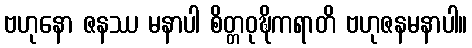
ဗဟုနော ဇနဿ မနာပါ စိတ္တဝုဍ္ဎိကရာတိ ဗဟုဇနမနာပါ။